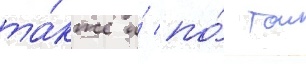
та́кже и́ по́ тои